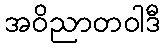
အဝိညာတဝါဒီ